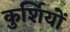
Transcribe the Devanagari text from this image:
कुर्शियों